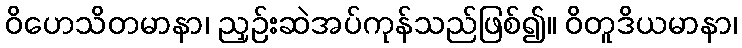
ဝိဟေသိတမာနာ၊ ညှဉ်းဆဲအပ်ကုန်သည်ဖြစ်၍။ ဝိတူဒိယမာနာ၊